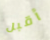
أقبل